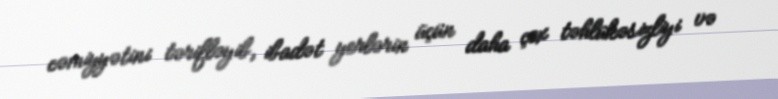
cəmiyyətini tərifləyib, ibadət yerlərin üçün daha çox təhlükəsizliyi və